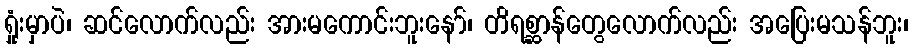
ရှုံးမှာပဲ၊ ဆင်လောက်လည်း အားမကောင်းဘူးနော်၊ တိရစ္ဆာန်တွေလောက်လည်း အပြေးမသန်ဘူး၊